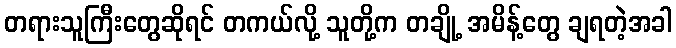
တရားသူကြီးတွေဆိုရင် တကယ်လို့ သူတို့က တချို့ အမိန့်တွေ ချရတဲ့အခါ